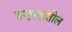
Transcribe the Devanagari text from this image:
वऱ्हाडातील